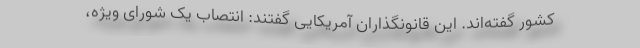
کشور گفته‌اند. این قانونگذاران آمریکایی گفتند: انتصاب یک شورای ویژه،